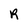
Character: R